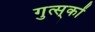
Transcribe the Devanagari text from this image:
गुत्स्‌कों